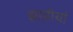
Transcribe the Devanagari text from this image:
झाड़ीयां